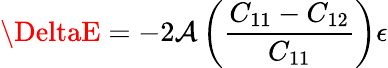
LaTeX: \DeltaE=-2\mathcal{A}\left({\frac{{C_{11}-C_{12}}}{{C_{11}}}}\right)\epsilon